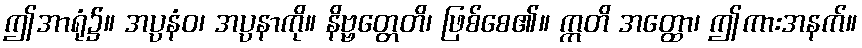
ဤအာရုံ၌။ အပ္ပနံဝ၊ အပ္ပနာကို။ နိဗ္ဗတ္တေတိ၊ ဖြစ်စေ၏။ ဣတိ အတ္ထော၊ ဤကားအနက်။